Statistics compiled by the Government of India from the reports of provincial Civil Veterinary Departments
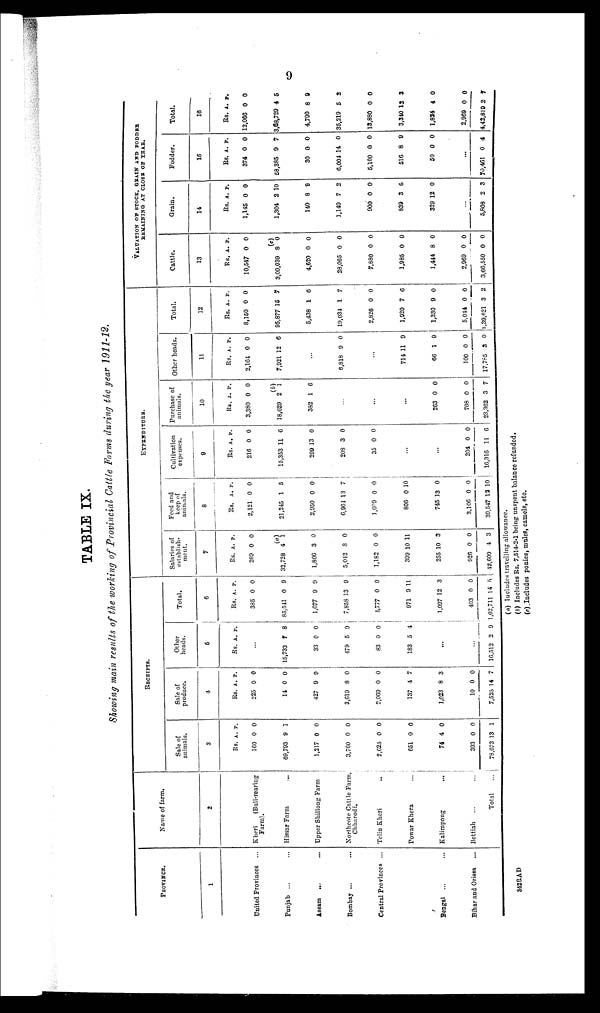
9
TABLE IX.
Showing main results of the working of Provincial Cattle Farms during the year 1911-12.
PROVINCE.
1
United Provinces
...
Punjab ... ...
Assam
... ...
Bombay ... ...
Central Provinces ...
Bengal ... ...
Bihar and Oriesa ... ...
Name of farm.
2
Kheri
(Bull-rearing
Farm).
Hissar Farm ...
Upper Shillong Farm
Northcote Cattle Farm,
Chharodi,
Telin Kheri ..
Powar Khera ...
Kalimpong ...
Bettiah ... ...
Total ...
RECEIPTS.
Sale of
animals.
3
Rs.
160
69,793
1,217
3,760
2,625
651
74
393
78,673
A.
0
9
0
0
0
0
4
0
13
P.
0
1
0
0
0
0
0
0
1
Sale of
produce.
4
Rs.
225
14
427
3,619
2,069
137
1,023
10
7,525
A.
0
0
9
8
0
4
8
0
14
P.
0
0
9
0
0
7
3
0
7
Other
heads.
5
Rs.
...
15,733
33
479
83
183
...
...
16,512
A.
7
0
5
0
5
2
P.
8
0
9
0
4
9
Total.
6
Rs.
385
85,541
1,677
7,858
4,777
971
1,097
403
1,02,711
A.
0
0
9
13
0
9
12
0
14
P.
0
9
9
9
0
11
3
0
5
EXPENDITURE.
Salaries of
establish¬
--nt.
7
Rs.
269
32,728
1,806
5,042
1,182
399
255
926
42,609
A.
0
4
3
8
0
10
10
0
4
P.
0
(a)
1
0
0
0
11
3
0
3
Feed and
keep of
animals.
8
Rs.
2,121
21,245
2,950
6,964
1,609
806
745
3,106
39,547
A.
0
1
0
13
0
0
13
0
12
P.
0
5
0
7
0
10
0
0
10
Cultivation
expenses.
9
Rs.
216
15,353
299
208
35
...
...
204
16,316
A.
0
11
13
3
0
0
11
P.
0
6
0
0
0
0
6
Purchase of
animals.
10
Rs.
3,380
18,629
382
...
...
...
263
708
23,362
A
0
(b)
2
1
0
0
3
P.
0
1
6
0
0
7
Other heads.
11
Rs.
2,164
7,921
...
6,818
...
714
66
100
17,785
A.
0
12
9
11
1
0
3
P.
0
6
0
9
9
0
0
Total.
12
Rs.
8,150
95,877
5,438
19,034
2,826
1,920
1,330
5,044
1,39,621
A.
0
15
1
1
0
7
9
0
3
P.
0
7
6
7
0
6
0
0
2
VALUATION OF STOCK, GRAIN AND FODDER
REMAINING AT CLOSE OF YEAR.
Cattle.
13
Rs.
10,547
3,09,039
4,620
28,065
7,880
1,985
1,444
2,969
3,66,550
A.
0
(c)
8
0
0
0
0
8
0
0
P.
0
0
0
0
0
0
0
0
0
Grain.
14
Rs.
1,145
1,304
140
1,149
900
839
329
...
5,808
A.
0
2
8
7
0
3
12
2
P.
0
10
9
2
0
6
0
3
Fodder.
15
Rs.
374
58,385
30
6,004
5,100
516
50
...
70,461
A.
0
9
0
14
0
8
0
0
P.
0
7
0
0
0
9
0
4
Total.
16
Rs.
12,066
3,68,729
4,790
35,219
13,880
3,340
1,824
2,969
4,42,819
A.
0
4
8
5
0
12
4
0
2
P.
0
5
9
2
0
3
0
0
7
(a) Includes travelling allowance.
(b) Includes Rs. 7,514-2-1 being unspent balance refunded.
(c) Includes ponies, mules, camels, etc.
342RAD